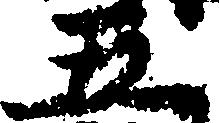
五